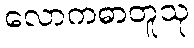
လောကဓာတူသု